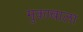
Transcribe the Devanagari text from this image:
मुकाबाला